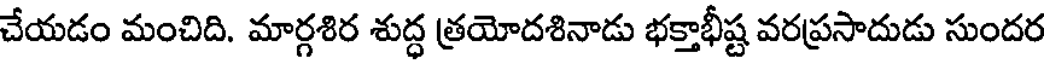
చేయడం మంచిది. మార్గశిర శుద్ధ త్రయోదశినాడు భక్తాభీష్ట వరప్రసాదుడు సుందర